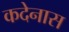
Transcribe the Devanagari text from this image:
कदेनास